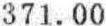
371.00